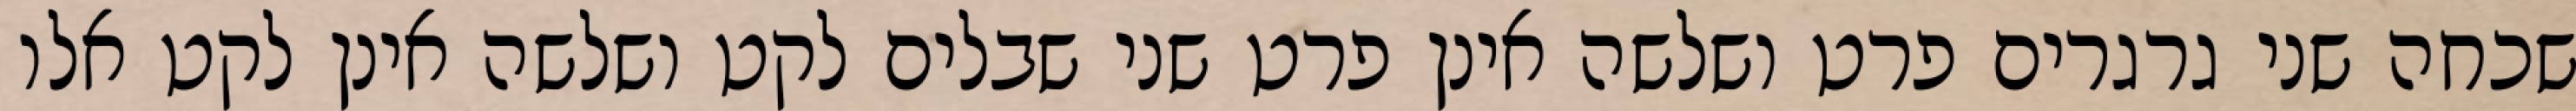
שכחה שני גרגרים פרט ושלשה אינן פרט שני שבלים לקט ושלשה אינן לקט אלו